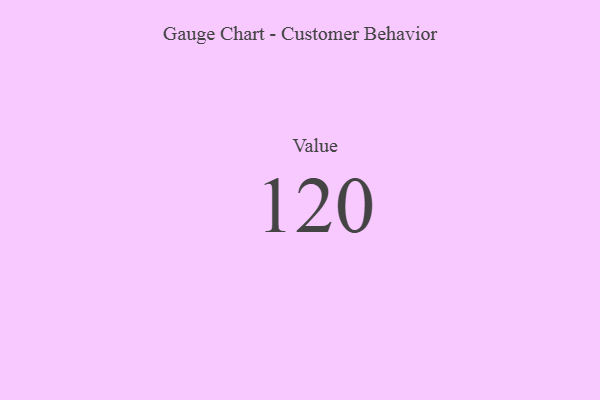
{"axis": {"x": "Metric", "y": "Value"}, "legend": [""], "data": [{"x": "Value", "y": 120, "type": ""}]}